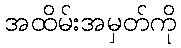
အထိမ်းအမှတ်ကို